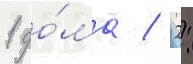
1 до́ма / 2: